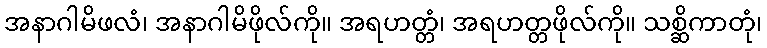
အနာဂါမိဖလံ၊ အနာဂါမိဖိုလ်ကို။ အရဟတ္တံ၊ အရဟတ္တဖိုလ်ကို။ သစ္ဆိကာတုံ၊